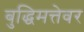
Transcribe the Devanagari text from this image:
बुद्धिमत्तेवर